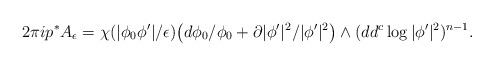
\begin{align*}2\pi i p^*A_{\epsilon} = \chi(|\phi_0\phi'|/\epsilon)\big(d\phi_0/\phi_0 + \partial |\phi'|^2/|\phi'|^2\big)\wedge (dd^c \log |\phi'|^2)^{n-1}.\end{align*}